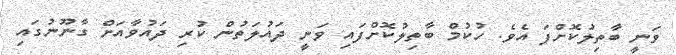
ވަނީ ބާތިލުކޮށްފަ އެވެ. ހުކުމް ބާތިލުކޮށްފައި ވަނީ ދައުލަތުން ކުރި ދައުވާއަށް ގާނޫނުގައި